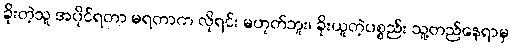
ခိုးတဲ့သူ အပိုင်ရတာ မရတာက လိုရင်း မဟုတ်ဘူး၊ ခိုးယူတဲ့ပစ္စည်း သူ့တည်နေရာမှ